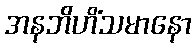
အနဘိဟိံသမာနော